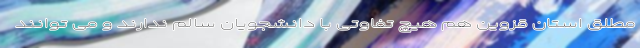
مطلق استان قزوین هم هیچ تفاوتی با دانشجویان سالم ندارند و می توانند